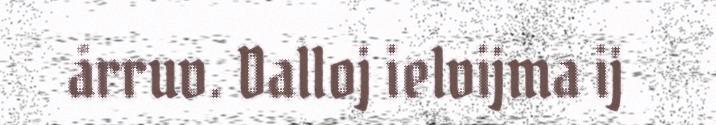
årruv. Dalloj ielvijma ij